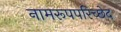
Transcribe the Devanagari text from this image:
नामरूपपरिच्छेद